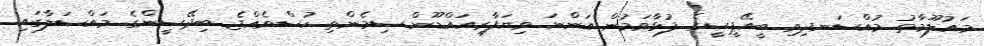
މައުލޫމާތު މުއްސަނދިވި ބީއޭޕީސީގެ ފުޅާވަމުން އަންނަ ވިޔަފާރިއައްޑޫން ސިމެންތި ހުސްވެއްޖެ ބިދޭސީންގެ މައްސަލާގައި